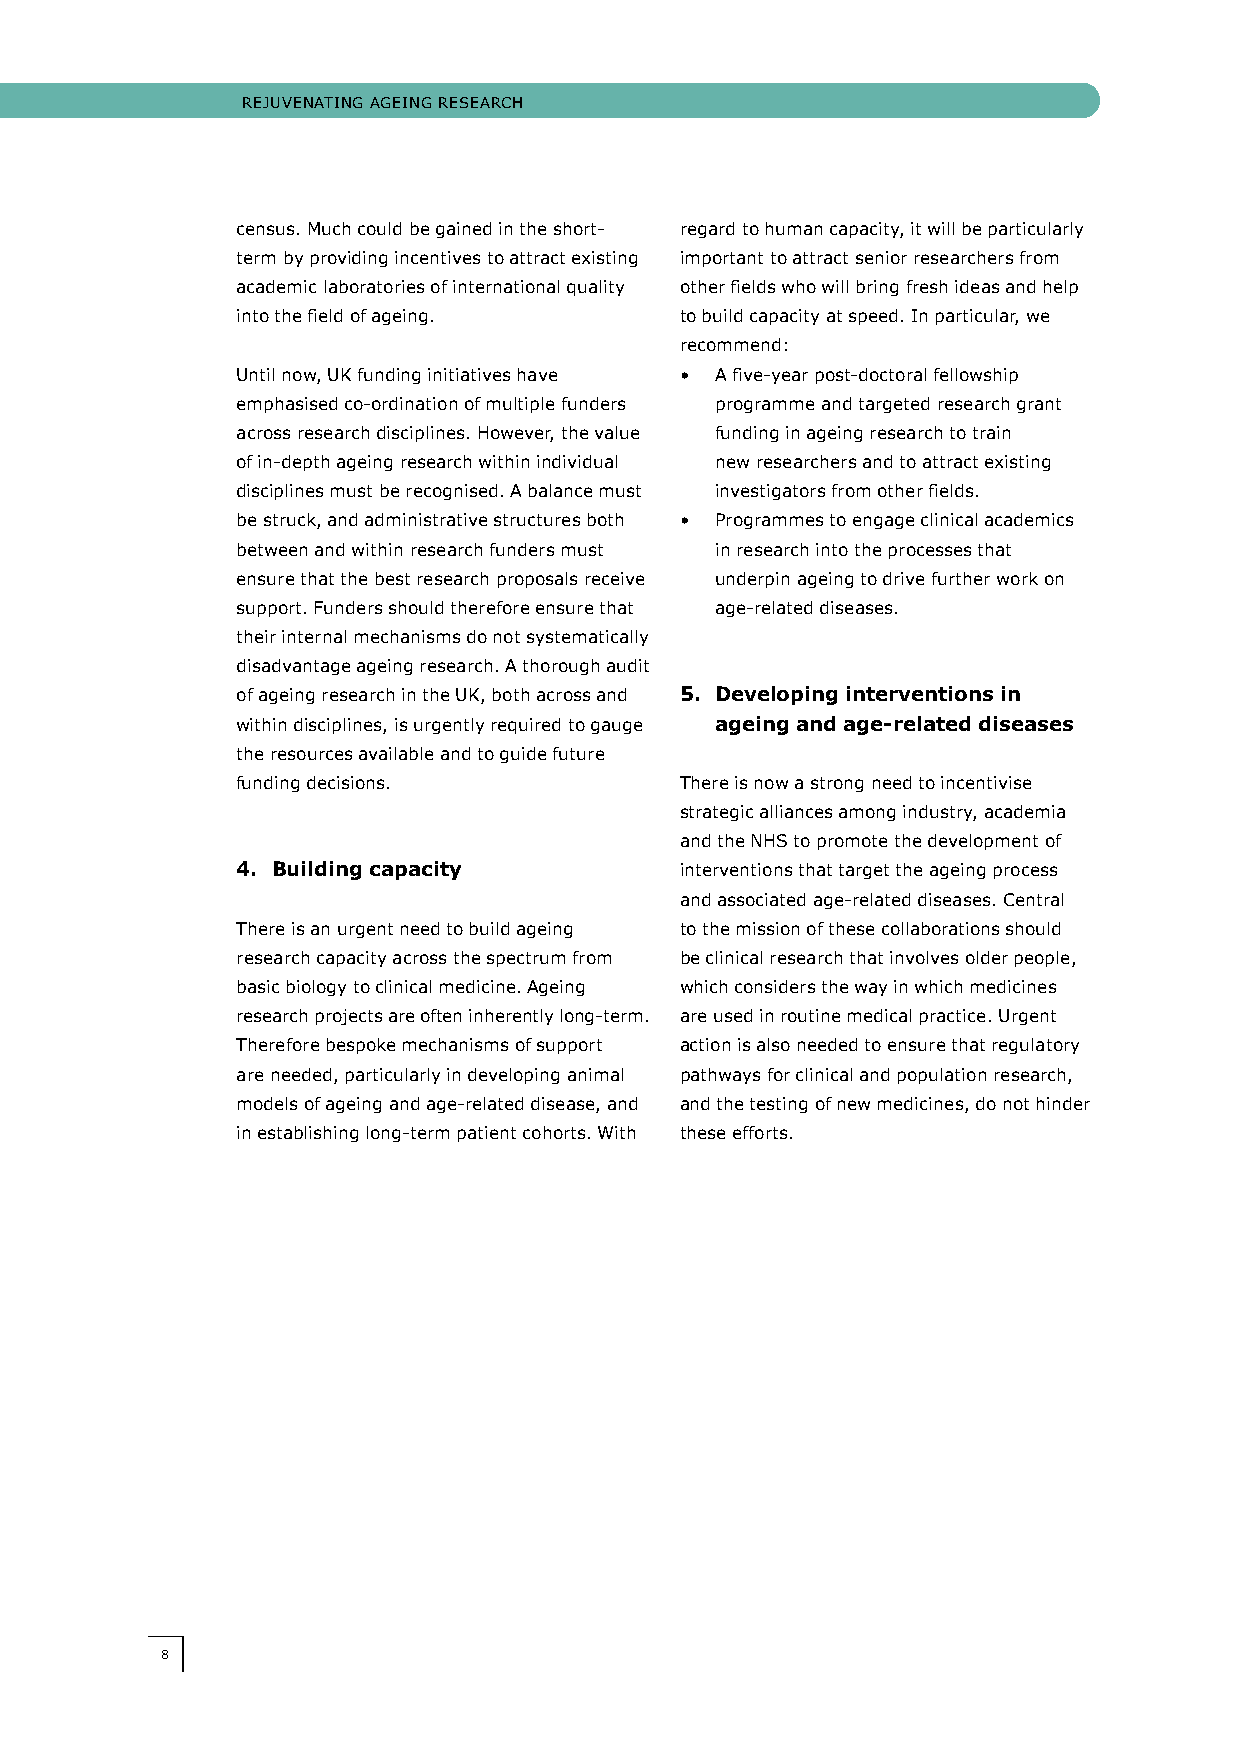
RReejUjUvveeNNAATTIINNgg AAggeeIINNgg RReeSSeeAARRcchh
 census. Much could be gained in the short- regard to human capacity, it will be particularly
 term by providing incentives to attract existing important to attract senior researchers from
 academic laboratories of international quality other fields who will bring fresh ideas and help
 into the field of ageing.    to build capacity at speed. In particular, we
 recommend:
 Until now, UK funding initiatives have • A five-year post-doctoral fellowship
 emphasised co-ordination of multiple funders programme and targeted research grant
 across research disciplines. however, the value funding in ageing research to train
 of in-depth ageing research within individual new researchers and to attract existing
 disciplines must be recognised. A balance must investigators from other fields.
 be struck, and administrative structures both • Programmes to engage clinical academics
 between and within research funders must in research into the processes that
 ensure that the best research proposals receive underpin ageing to drive further work on
 support. Funders should therefore ensure that age-related diseases.
 their internal mechanisms do not systematically
 disadvantage ageing research. A thorough audit
 of ageing research in the UK, both across and 5. Developing interventions in
 within disciplines, is urgently required to gauge ageing and age-related diseases
 the resources available and to guide future
 funding decisions.           There is now a strong need to incentivise
 strategic alliances among industry, academia
 and the NhS to promote the development of
 4. Building capacity         interventions that target the ageing process
 and associated age-related diseases. central
 There is an urgent need to build ageing to the mission of these collaborations should
 research capacity across the spectrum from be clinical research that involves older people,
 basic biology to clinical medicine. Ageing which considers the way in which medicines
 research projects are often inherently long-term. are used in routine medical practice. Urgent
 Therefore bespoke mechanisms of support action is also needed to ensure that regulatory
 are needed, particularly in developing animal pathways for clinical and population research,
 models of ageing and age-related disease, and and the testing of new medicines, do not hinder
 in establishing long-term patient cohorts. With these efforts.
 88